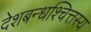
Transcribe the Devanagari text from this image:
देशबन्धश्चित्तस्य